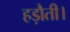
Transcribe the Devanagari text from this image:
हड़ौती।